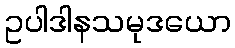
ဥပါဒါနသမုဒယော